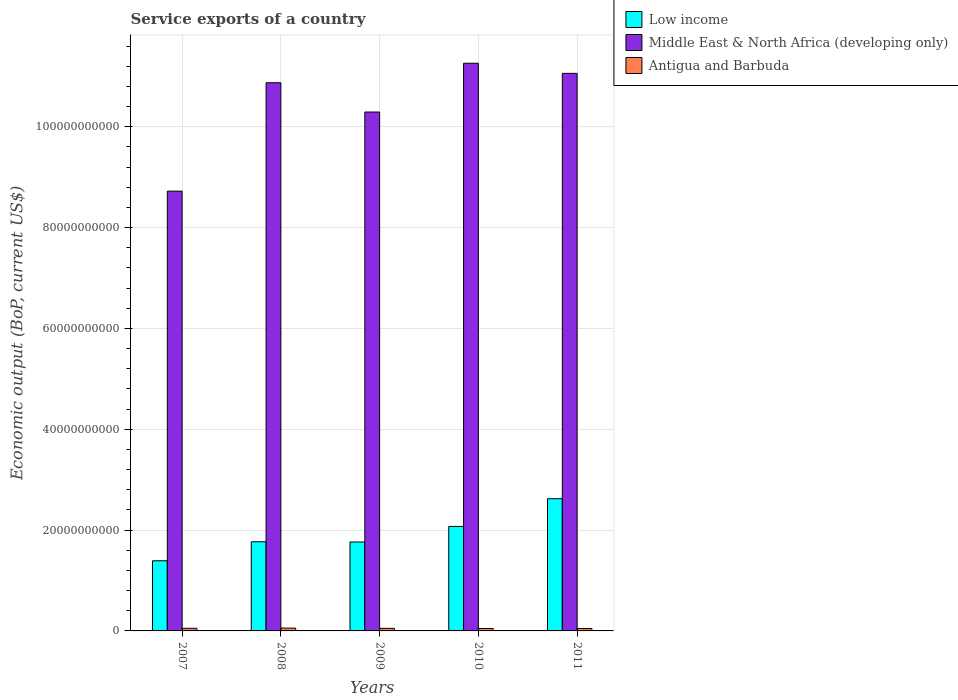
| Years | Low income | Middle East & North Africa (developing only) | Antigua and Barbuda |
 | --- | --- | --- | --- |
 | 2007 | 1.39e+10 | 8.72e+10 | 5.22e+08 |
 | 2008 | 1.77e+10 | 1.09e+11 | 5.6e+08 |
 | 2009 | 1.76e+10 | 1.03e+11 | 5.11e+08 |
 | 2010 | 2.07e+10 | 1.13e+11 | 4.78e+08 |
 | 2011 | 2.62e+10 | 1.11e+11 | 4.82e+08 |